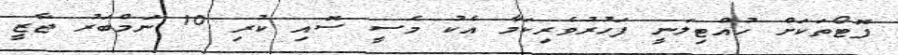
ފޮޓޯތަކަށް ހުއްޓިލަނީ ފަހުރުވެރިކަމާ އެކު މެސީ ސޮއި ކުރި 10 ނަމްބަރު ޖާޒީ